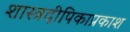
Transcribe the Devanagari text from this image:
शास्त्रदीपिकाप्रकाश